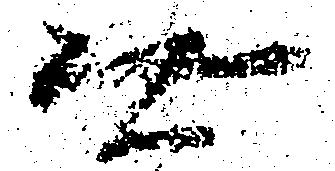
無